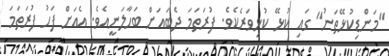
"މަންޑިކުޅޭތަނު" ގައި ކުޅޭ ކުޅިވަރެކެވެ. ފުރަތަމަ ދެބައަށް ބަހާލަނީއެވެ. އެއަށް ފަހު ފުރަތަމަ